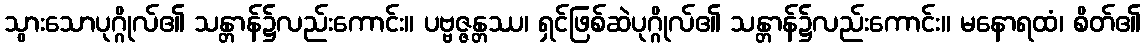
သွားသောပုဂ္ဂိုလ်၏ သန္တာန်၌လည်းကောင်း။ ပဗ္ဗဇ္ဇန္တဿ၊ ရှင်ဖြစ်ဆဲပုဂ္ဂိုလ်၏ သန္တာန်၌လည်းကောင်း။ မနောရထံ၊ စိတ်၏